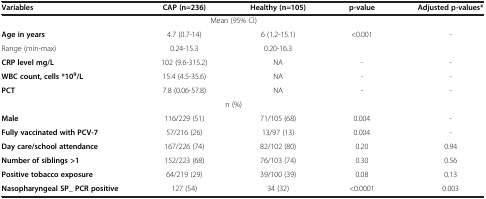
<table><thead><tr><td><b>Variables</b></td><td><b>CAP (n=236)</b></td><td><b>Healthy (n=105)</b></td><td><b>p-value</b></td><td><b>Adjusted p-values*</b></td></tr></thead><tbody><tr><td> </td><td colspan="2">Mean (95% CI)</td><td> </td><td> </td></tr><tr><td><b>Age in years</b></td><td>4.7 (0.7-14)</td><td>6 (1.2-15.1)</td><td>&lt;0.001</td><td>-</td></tr><tr><td>Range (min-max)</td><td>0.24-15.3</td><td>0.20-16.3</td><td> </td><td> </td></tr><tr><td><b>CRP level mg/L</b></td><td>102 (9.6-315.2)</td><td>NA</td><td>-</td><td>-</td></tr><tr><td><b>WBC count, cells *10</b><sup><b>9</b></sup><b>/L</b></td><td>15.4 (4.5-35.6)</td><td>NA</td><td>-</td><td>-</td></tr><tr><td><b>PCT</b></td><td>7.8 (0.06-57.8)</td><td>NA</td><td>-</td><td>-</td></tr><tr><td> </td><td colspan="2">n (%)</td><td> </td><td> </td></tr><tr><td><b>Male</b></td><td>116/229 (51)</td><td>71/105 (68)</td><td>0.004</td><td>-</td></tr><tr><td><b>Fully vaccinated with PCV-7</b></td><td>57/216 (26)</td><td>13/97 (13)</td><td>0.004</td><td>-</td></tr><tr><td><b>Day care/school attendance</b></td><td>167/226 (74)</td><td>82/102 (80)</td><td>0.20</td><td>0.94</td></tr><tr><td><b>Number of siblings &gt;1</b></td><td>152/223 (68)</td><td>76/103 (74)</td><td>0.30</td><td>0.56</td></tr><tr><td><b>Positive tobacco exposure</b></td><td>64/219 (29)</td><td>39/100 (39)</td><td>0.08</td><td>0.13</td></tr><tr><td><b>Nasopharyngeal SP</b><b>_ PCR positive</b></td><td>127 (54)</td><td>34 (32)</td><td>&lt;0.0001</td><td>0.003</td></tr></tbody></table>